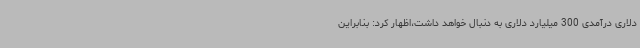
دلاری درآمدی 300 میلیارد دلاری به دنبال خواهد داشت،اظهار کرد: بنابراین